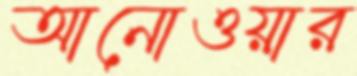
আনোওয়ার